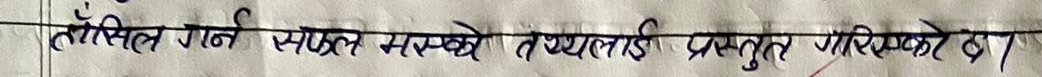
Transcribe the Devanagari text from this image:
तँत्सिल गर्न स्पष्ट मस्र्को तथ्यलाई प्रस्तुत गरिसकेको छ।